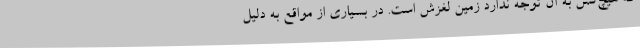
که هیچ‌کس به آن توجه ندارد زمین لغزش است. در بسیاری از مواقع به دلیل